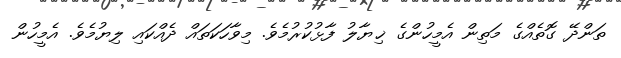
ތަންދޭ ގޮތެއްގެ މަތިން އެމީހުންގެ ޚިޔާލު ފާޅުކުރުމެވެ. މިވާހަކަތައް ދެއްކައި ލިޔުމެވެ. އެމީހުން